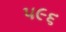
૫૯૬